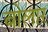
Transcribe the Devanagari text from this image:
बोलार